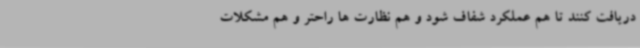
دریافت کنند تا هم عملکرد شفاف شود و هم نظارت ها راحتر و هم مشکلات